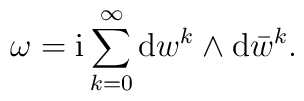
\omega={\rm i}\sum_{k=0}^{\infty}{\rm d} w^k\wedge {\rm d}\bar w^k.